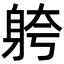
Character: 䠸